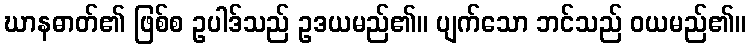
ဃာနဓာတ်၏ ဖြစ်စ ဥပါဒ်သည် ဥဒယမည်၏။ ပျက်သော ဘင်သည် ဝယမည်၏။